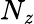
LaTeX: N_{\mathit{z}}